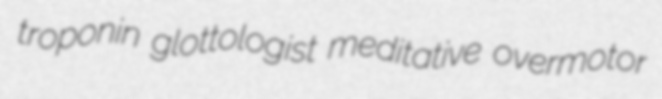
troponin glottologist meditative overmotor